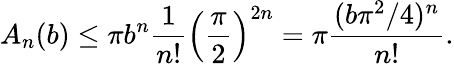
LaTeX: A_{n}(b)\leq\pi b^{n}{\frac{1}{n!}}\left({\frac{\pi}{2}}\right)^{2n}=\pi{\frac{(b\pi^{2}/4)^{n}}{n!}}.